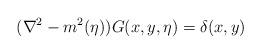
LaTeX: \begin{align*}({\nabla}^2 - m^2(\eta))G(x,y,\eta)=\delta(x,y)\end{align*}